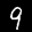
Digit: 9